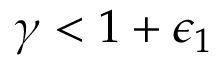
\gamma < 1 + \epsilon _ { 1 }